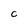
Character: C